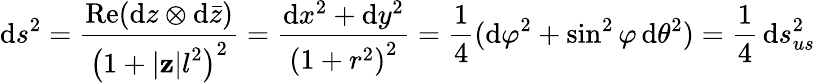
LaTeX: \mathrm{d}s^{2}={\frac{{\operatorname{Re}(\mathrm{d}z\otimes\mathrm{d}{\bar{{z}}})}}{{\left(1+|\mathbf{{z}}|{\vphantom{}{{l}}}^{2}\right)^{2}}}}={\frac{{\mathrm{d}x^{2}+\mathrm{d}y^{2}}}{{\left(1+r^{2}\right)^{2}}}}={\frac{{1}}{{4}}}(\mathrm{d}\varphi^{2}+\sin^{2}\varphi\, \mathrm{d}\theta^{2})={\frac{{1}}{{4}}}\, \mathrm{d}s_{us}^{2}